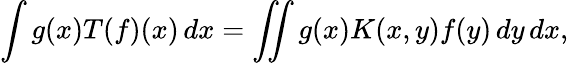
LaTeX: \int g(x)T(f)(x)\, dx=\iint g(x)K(x,y)f(y)\, dy\, dx,